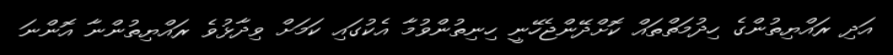
އަދި ރައްޔިތުންގެ ހިދުމަތްތައް ކޮށްދޭންޖެހޭނީ ހިނިތުންވުމާ އެކުގައި ކަމަށް ވިދާޅުވެ ރައްޔިތުންނާ އޮންނަ